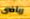
رياضى